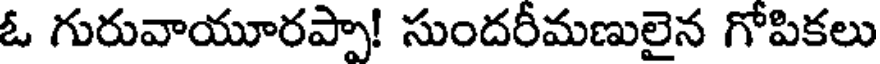
ఓ గురువాయూరప్పా! సుందరీమణులైన గోపికలు